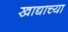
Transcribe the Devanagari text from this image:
खाद्याच्या